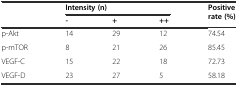
| <ROWSPAN=2>  | <COLSPAN=3> Intensity (n) | <ROWSPAN=2> Positive rate (%) |
 | - | + | ++ |
 | --- | --- | --- | --- | --- |
 | p-Akt | 14 | 29 | 12 | 74.54 |
 | p-mTOR | 8 | 21 | 26 | 85.45 |
 | VEGF-C | 15 | 22 | 18 | 72.73 |
 | VEGF-D | 23 | 27 | 5 | 58.18 |